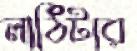
লাঠিটার